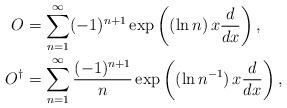
LaTeX: \begin{align*}O & = \sum_{n=1}^{\infty} (-1)^{n+1} \exp\left((\ln n)\, x \frac{d}{dx}\right),\\O^{\dagger} & = \sum_{n=1}^{\infty}\frac{(-1)^{n+1}}{n} \exp\left((\ln n^{-1})\, x\frac{d}{dx}\right),\end{align*}